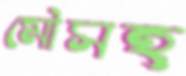
মৌসহ